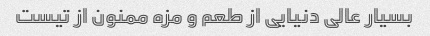
بسیار عالی دنیایی از طعم و مزه ممنون از تیست